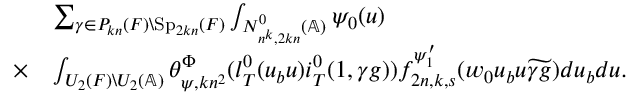
\begin{array} { r l } & { \sum _ { \gamma \in P _ { k n } ( F ) \backslash \mathrm { S p } _ { 2 k n } ( F ) } \int _ { N _ { n ^ { k } , 2 k n } ^ { 0 } ( \mathbb { A } ) } \psi _ { 0 } ( u ) } \\ { \times } & { \int _ { U _ { 2 } ( F ) \backslash U _ { 2 } ( \mathbb { A } ) } \theta _ { \psi , k n ^ { 2 } } ^ { \Phi } ( l _ { T } ^ { 0 } ( u _ { b } u ) i _ { T } ^ { 0 } ( 1 , \gamma g ) ) f _ { 2 n , k , s } ^ { \psi _ { 1 } ^ { \prime } } ( w _ { 0 } u _ { b } u \widetilde { \gamma g } ) d u _ { b } d u . } \end{array}